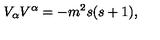
V _ { \alpha } V ^ { \alpha } = - m ^ { 2 } s ( s + 1 ) ,